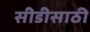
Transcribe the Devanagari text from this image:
सीडीसाठी